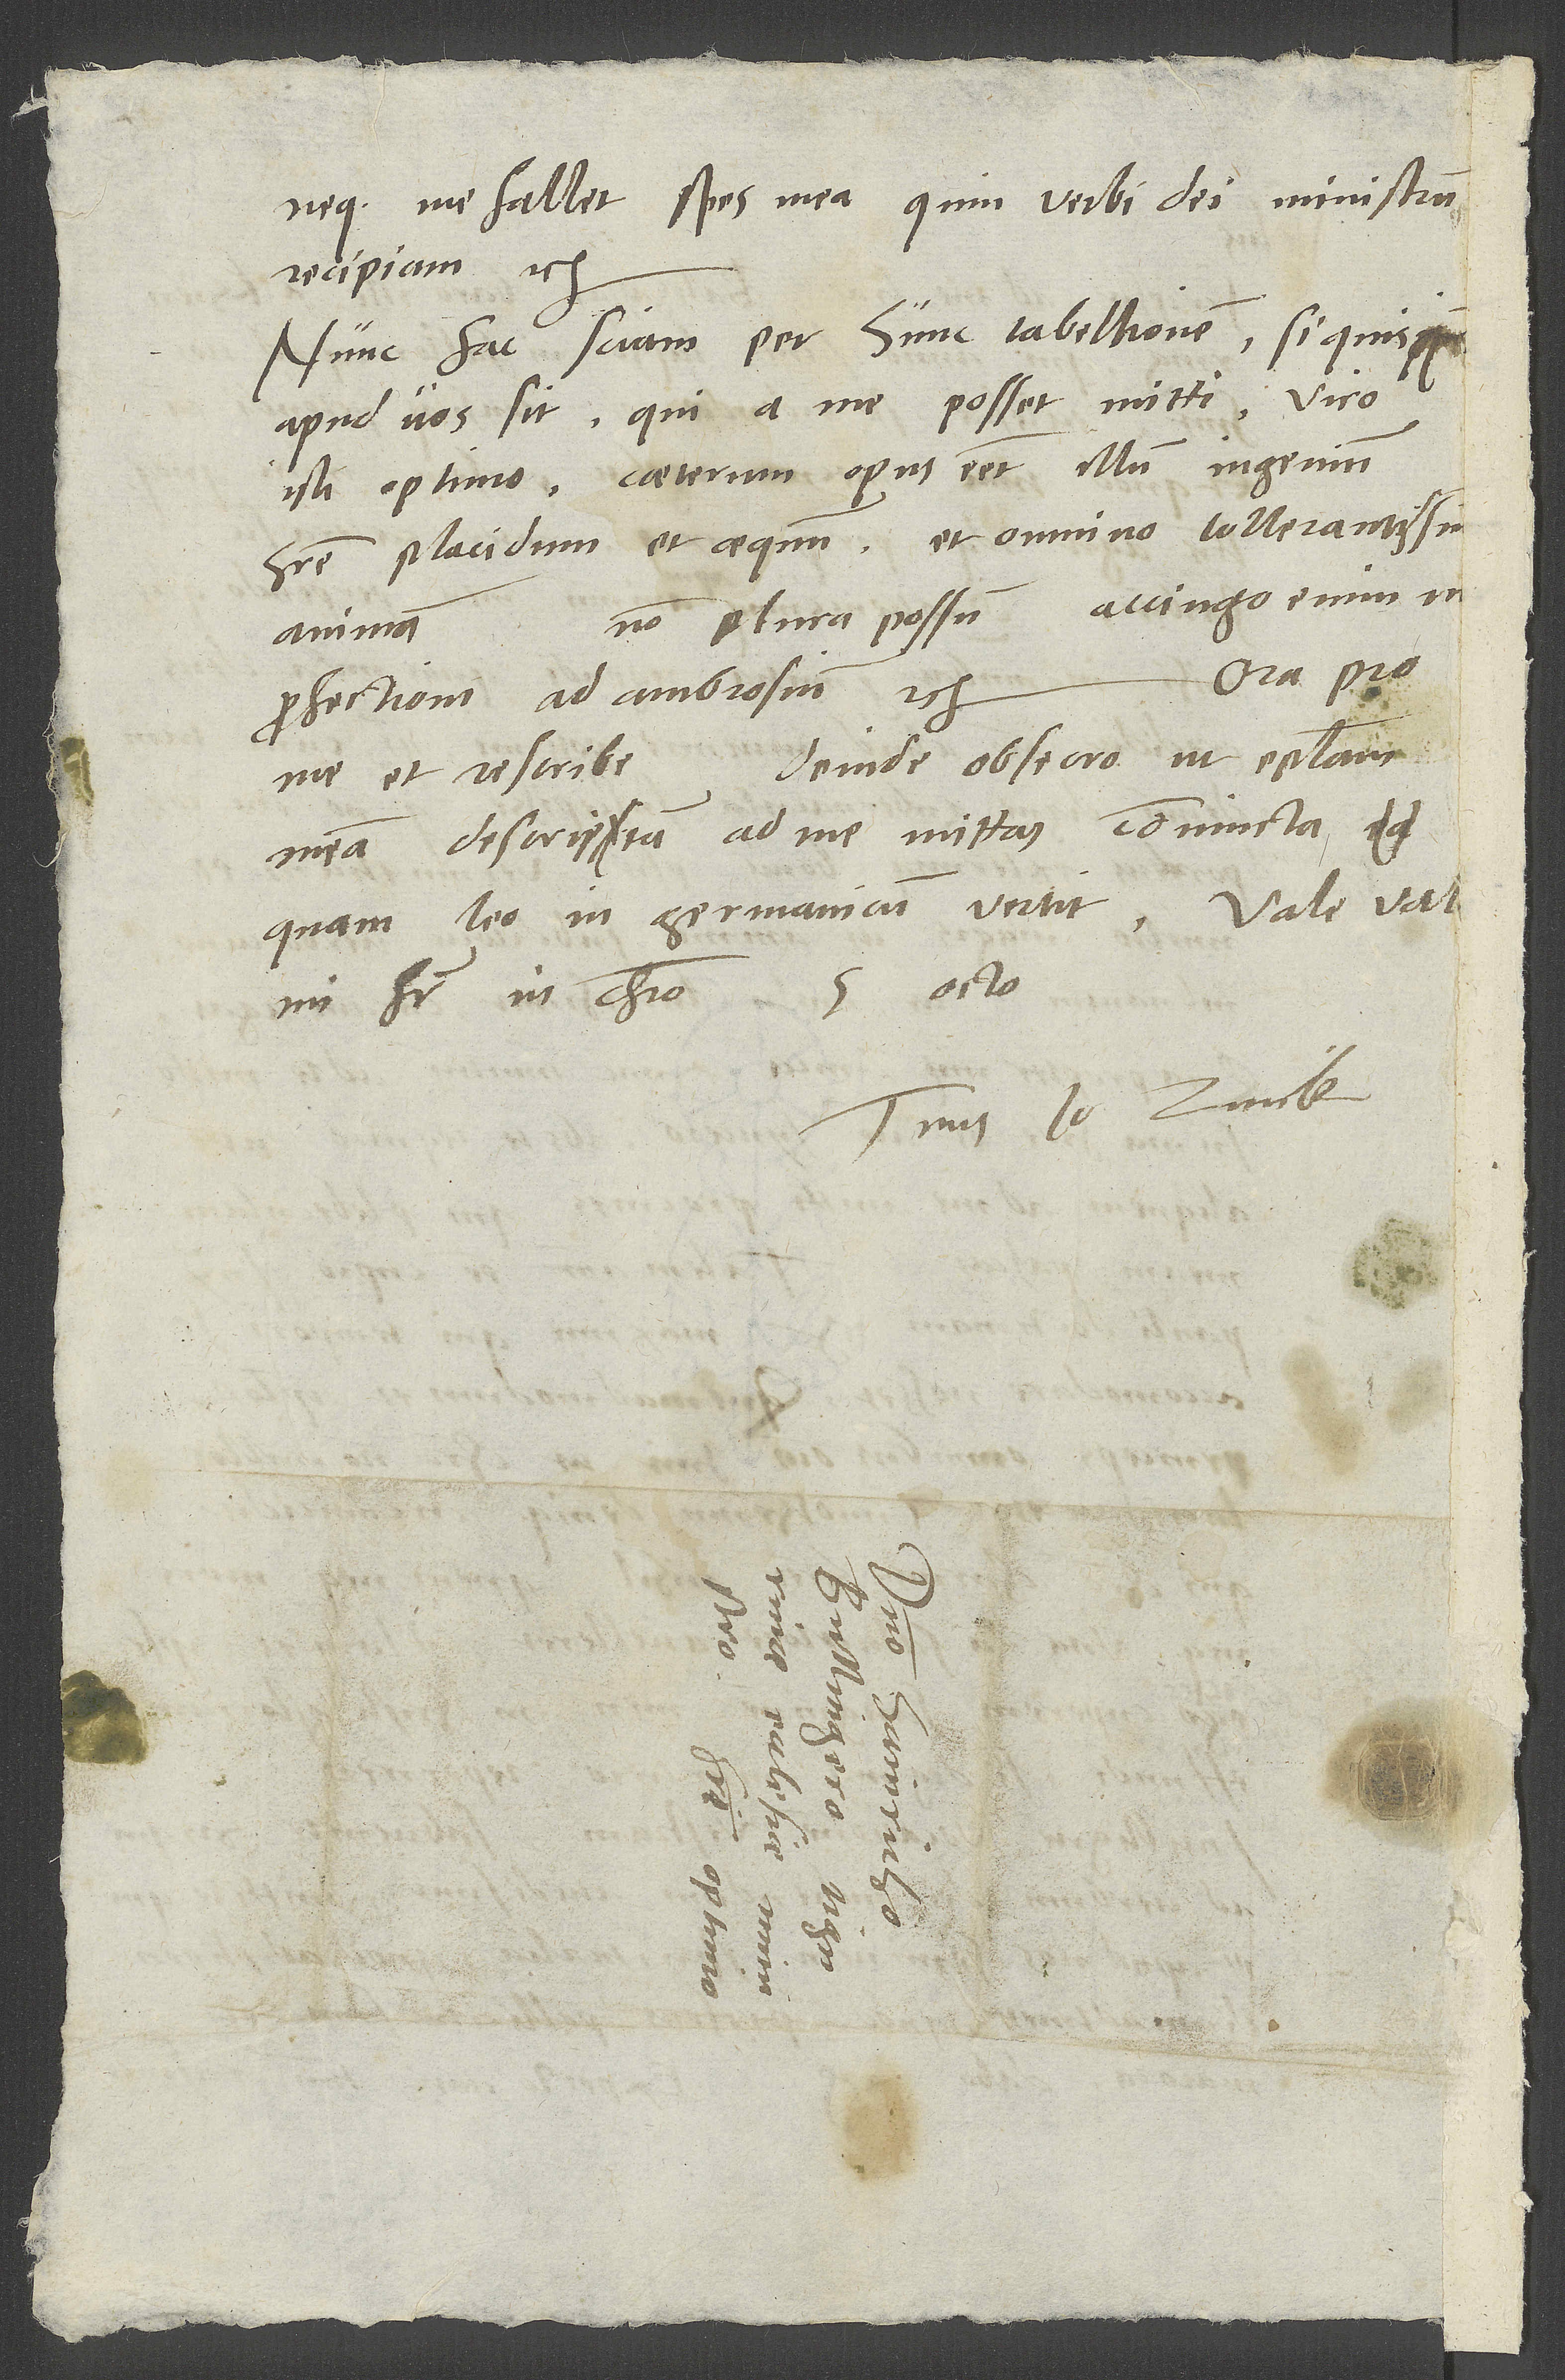
neque me fallet spes mea, quin verbi dei ministrum
recipiam" etc.
Nunc fac, sciam per hunc tabellionem, si quis
apud vos sit, qui a me posset mitti viro
isti optimo. Caeterum opus esset illum ingenium
habere placidum et aequum et omnino tollerantissimam
Non plura possum. Accingo enim me
animam.
Ora pro
profectioni ad Ambrosium etc.
Deinde obsecro, ut epistolam
me et rescribe.
meam descriptam ad me mittas coniuncta,
quam Leo in Germanicum vertit.
mi frater in Christo.
Tuus Io. Zvick.